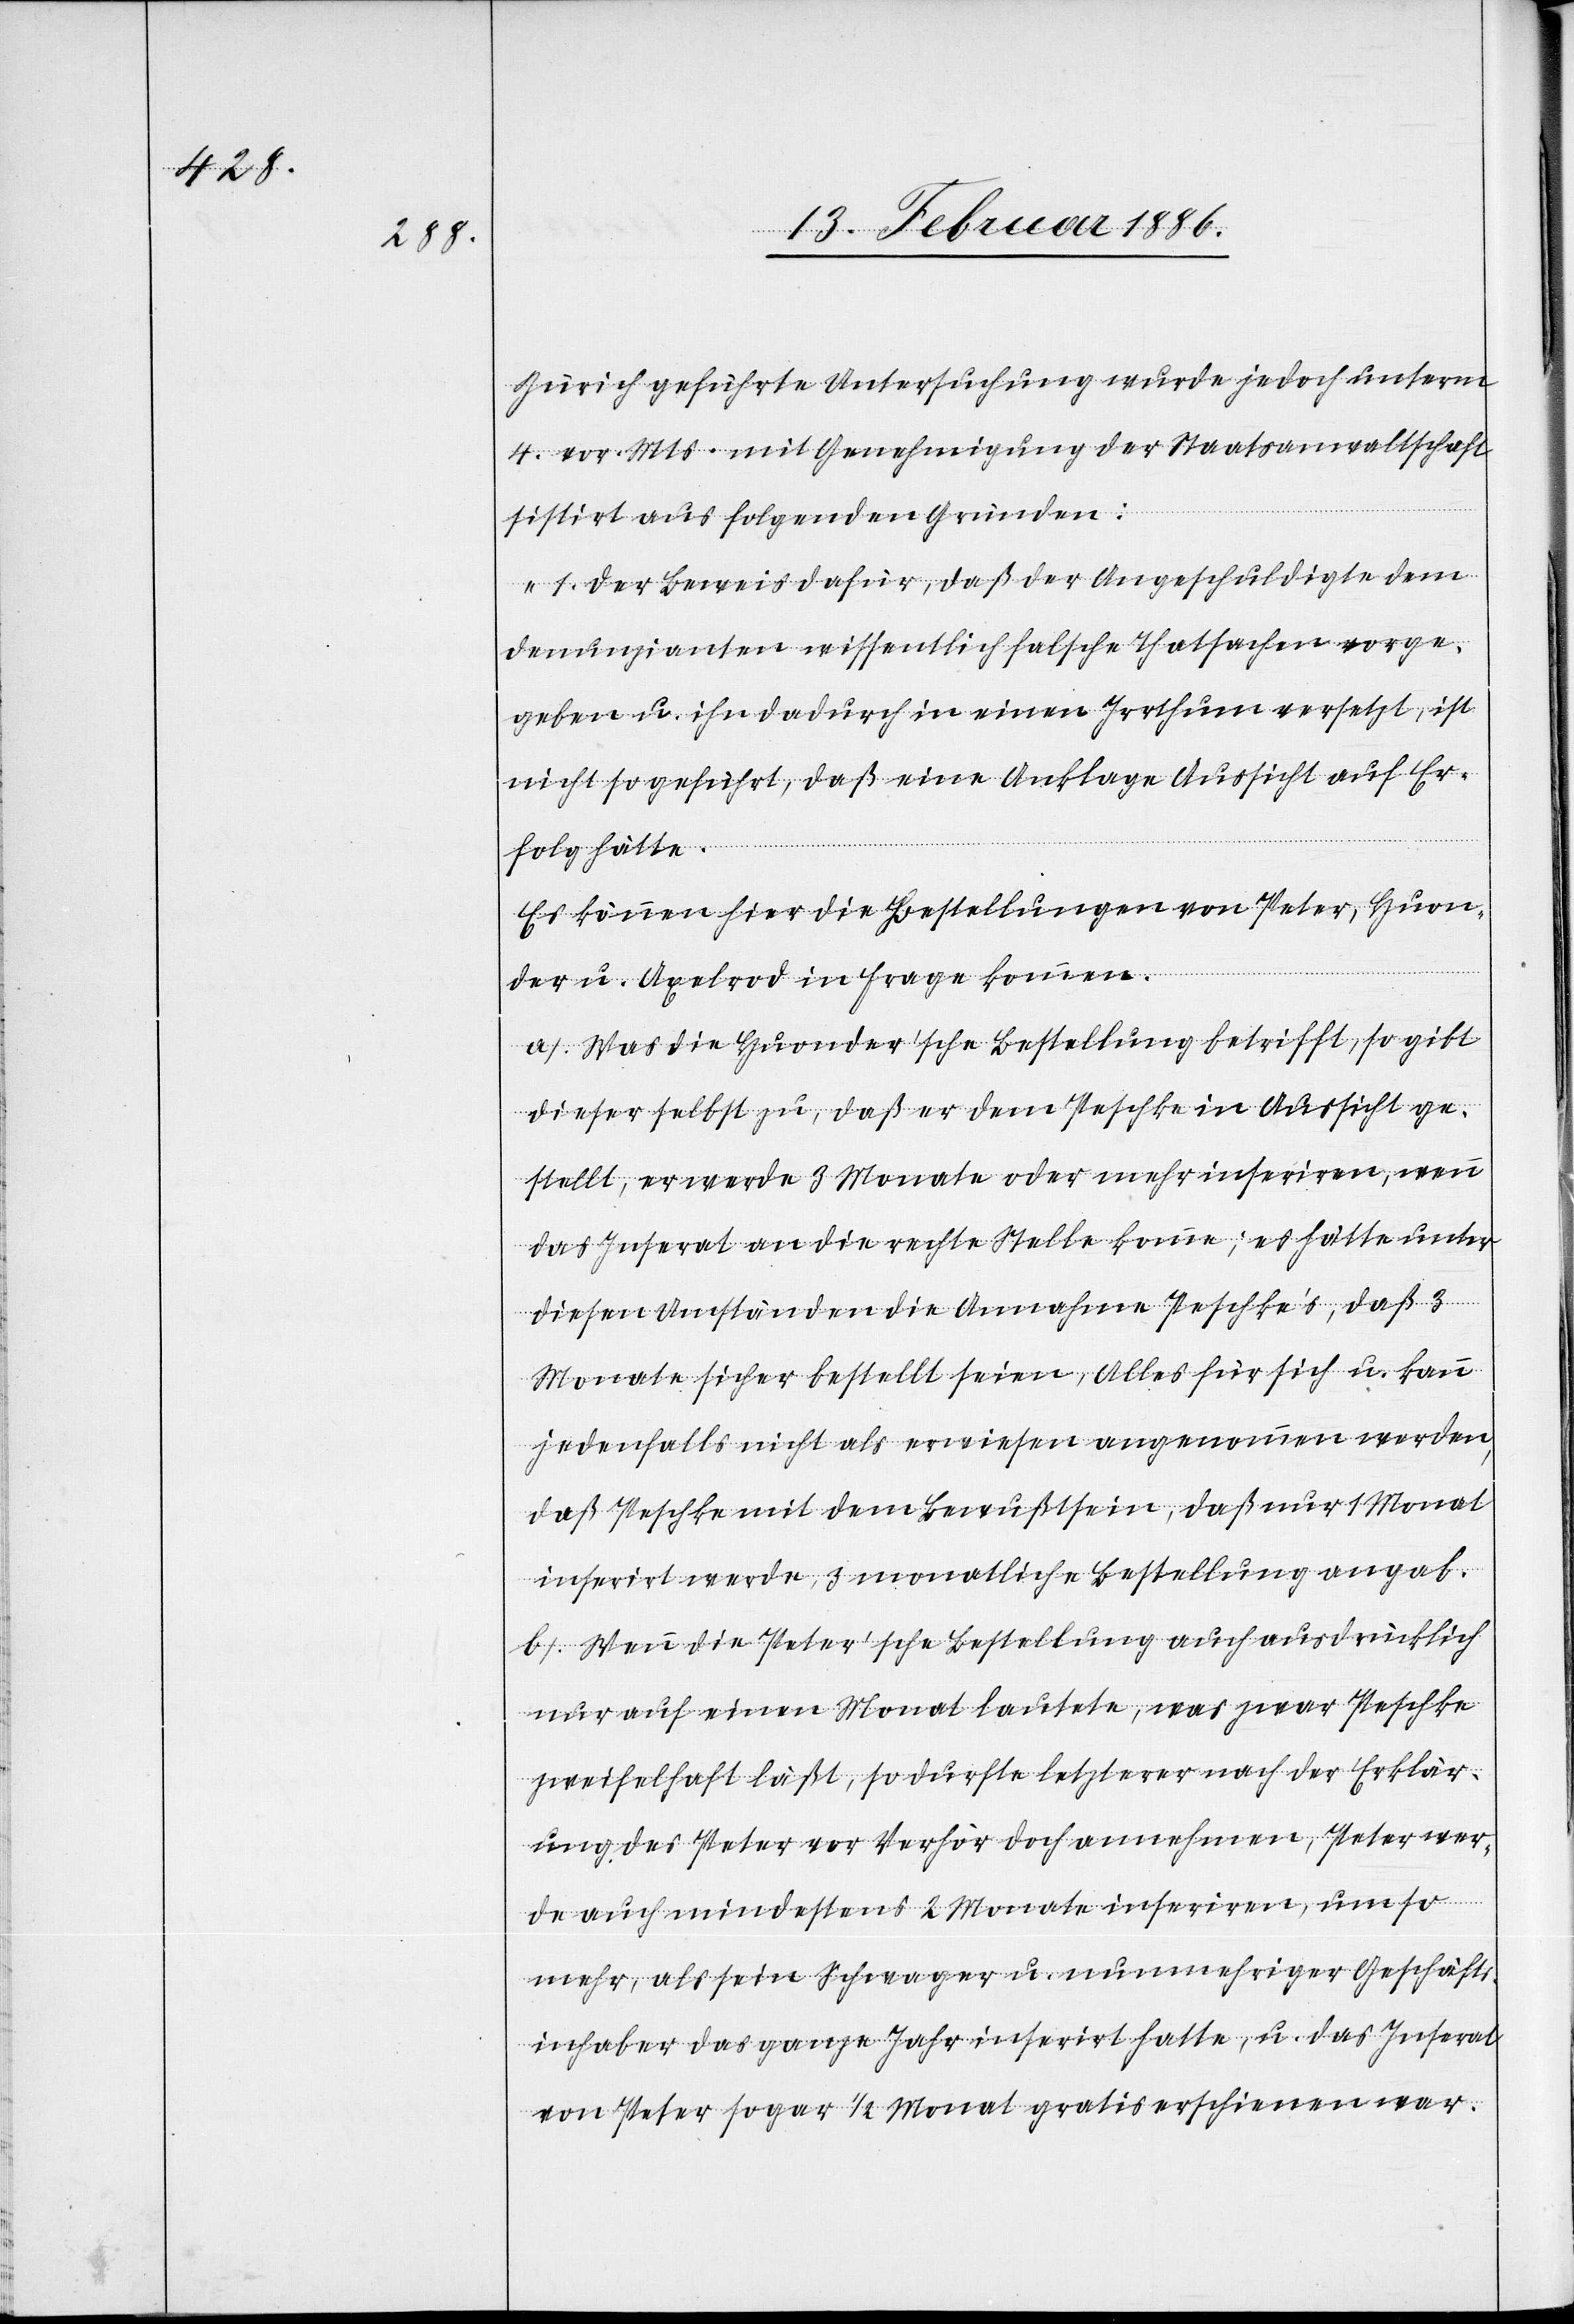
Zürich geführte Untersuchung wurde jedoch unterm
4. vor. Mts. mit Genehmigung der Staatsanwaltschaft
sistirt aus folgenden Gründen:
„1. Der Beweis dafür, daß der Angeschuldigte dem
Denunzianten wissentlich falsche Thatsachen vorge¬
geben u. ihn dadurch in einen Irrthum versetzte, ist
nicht so geführt, daß eine Anklage Aussicht auf Er¬
folg hätte.
Es können hier die Bestellungen von Peter, Huon¬
der u. Axelrod in Frage kommen.
a. Was die Huonder’sche Bestellung betrifft, so gibt
dieser selbst zu, daß er dem Peschke in Aussicht ge¬
stellt, er werde 3 Monate oder mehr inseriren, wenn
das Inserat an die rechte Stelle komme; es hätte unter
diesen Umständen die Annahme Peschke’s, daß 3
Monate sicher bestellt seien, Alles für sich u. kann
jedenfalls nicht als erwiesen angenommen werden,
daß Peschke mit dem Bewußtsein, daß nur 1 Monat
inserirt werde, 3 monatliche Bestellung angab.
b. Wenn die Peter’sche Bestellung auch ausdrücklich
nur auf einen Monat lautete, was zwar Peschke
zweifelhaft läßt, so durfte letzterer nach der Erklär¬
ung des Peter vor Verhör doch annehmen, Peter wer¬
de auch mindestens 2 Monate inseriren, um so
mehr, als sein Schwager u. nunmehriger Geschäfts¬
inhaber das ganze Jahr inserirt hatte, u. das Inserat
von Peter sogar 1/2 Monat gratis erschienen war.